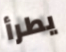
يطرأ